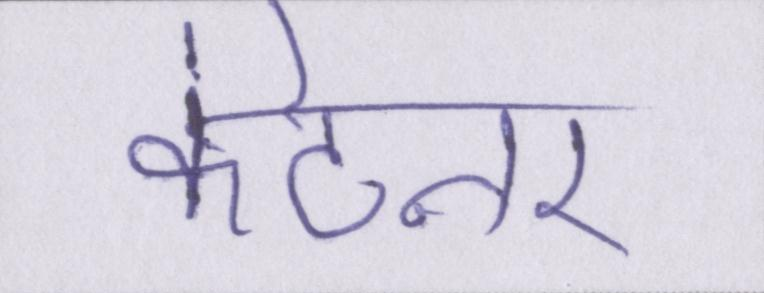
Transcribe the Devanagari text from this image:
कंटेनर